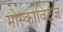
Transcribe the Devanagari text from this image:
मोस्कोविट्ज